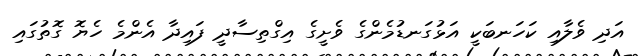
އަދި ވެލާއި ކަހަނބަކީ އަޅުގަނޑުމެންގެ ވެށީގެ އިގްތިސާދީ ފައިދާ އެންމެ ހެޔޮ ގޮތުގައި